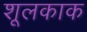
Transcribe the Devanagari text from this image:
शूलकाक